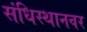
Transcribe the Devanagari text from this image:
संधिस्थानवर